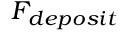
F _ { d e p o s i t }